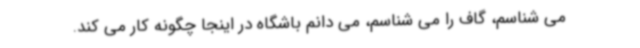
می شناسم، گاف را می شناسم، می دانم باشگاه در اینجا چگونه کار می کند.